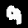
Label: 9